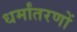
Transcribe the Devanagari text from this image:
धर्मांतरणों